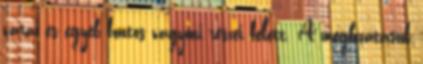
várai és egyéb fontos vagyoni részei felett. A megbízatásuk